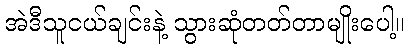
အဲဒီသူငယ်ချင်းနဲ့ သွားဆုံတတ်တာမျိုးပေါ့။